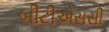
બીટીએસસી